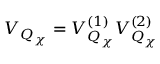
{ \cal V } _ { { \cal Q } _ { \chi } } = { \cal V } _ { { \cal Q } _ { \chi } } ^ { ( 1 ) } { \cal V } _ { { \cal Q } _ { \chi } } ^ { ( 2 ) }